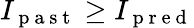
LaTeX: I_{\mathrm{~p~a~s~t~}}\geq I_{\mathrm{~p~r~e~d~}}